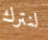
لنترك